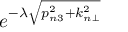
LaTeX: e ^ { - \lambda \sqrt { p _ { n 3 } ^ { 2 } + k _ { n \bot } ^ { 2 } } }